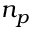
n _ { p }